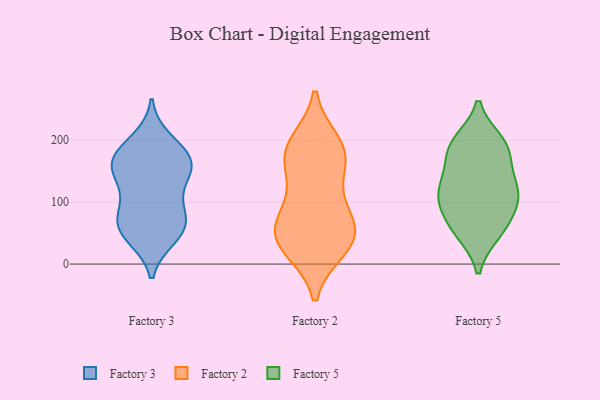
{"axis": {"x": "Active Users", "y": "Value"}, "legend": ["Factory 2", "Factory 3", "Factory 5"], "data": [{"x": "", "y": 146, "type": "Factory 3"}, {"x": "", "y": 155, "type": "Factory 3"}, {"x": "", "y": 51, "type": "Factory 3"}, {"x": "", "y": 161, "type": "Factory 3"}, {"x": "", "y": 200, "type": "Factory 3"}, {"x": "", "y": 66, "type": "Factory 3"}, {"x": "", "y": 179, "type": "Factory 3"}, {"x": "", "y": 170, "type": "Factory 3"}, {"x": "", "y": 173, "type": "Factory 3"}, {"x": "", "y": 74, "type": "Factory 3"}, {"x": "", "y": 82, "type": "Factory 3"}, {"x": "", "y": 44, "type": "Factory 3"}, {"x": "", "y": 106, "type": "Factory 3"}, {"x": "", "y": 136, "type": "Factory 3"}, {"x": "", "y": 54, "type": "Factory 3"}, {"x": "", "y": 160, "type": "Factory 2"}, {"x": "", "y": 51, "type": "Factory 2"}, {"x": "", "y": 195, "type": "Factory 2"}, {"x": "", "y": 54, "type": "Factory 2"}, {"x": "", "y": 28, "type": "Factory 2"}, {"x": "", "y": 44, "type": "Factory 2"}, {"x": "", "y": 95, "type": "Factory 2"}, {"x": "", "y": 175, "type": "Factory 2"}, {"x": "", "y": 25, "type": "Factory 2"}, {"x": "", "y": 50, "type": "Factory 2"}, {"x": "", "y": 99, "type": "Factory 2"}, {"x": "", "y": 189, "type": "Factory 2"}, {"x": "", "y": 172, "type": "Factory 2"}, {"x": "", "y": 117, "type": "Factory 5"}, {"x": "", "y": 141, "type": "Factory 5"}, {"x": "", "y": 53, "type": "Factory 5"}, {"x": "", "y": 197, "type": "Factory 5"}, {"x": "", "y": 66, "type": "Factory 5"}, {"x": "", "y": 132, "type": "Factory 5"}, {"x": "", "y": 51, "type": "Factory 5"}, {"x": "", "y": 98, "type": "Factory 5"}, {"x": "", "y": 103, "type": "Factory 5"}, {"x": "", "y": 109, "type": "Factory 5"}, {"x": "", "y": 185, "type": "Factory 5"}, {"x": "", "y": 193, "type": "Factory 5"}, {"x": "", "y": 183, "type": "Factory 5"}]}